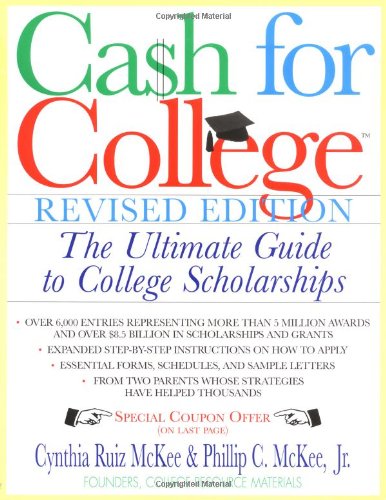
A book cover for Cash For College, Rev. Ed.: The Ultimate Guide To College Scholarships; Cynthia Ruiz & McKee; Business & Money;